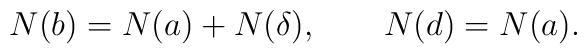
N(b) = N(a) + N(\delta), \qquad N(d) = N(a).